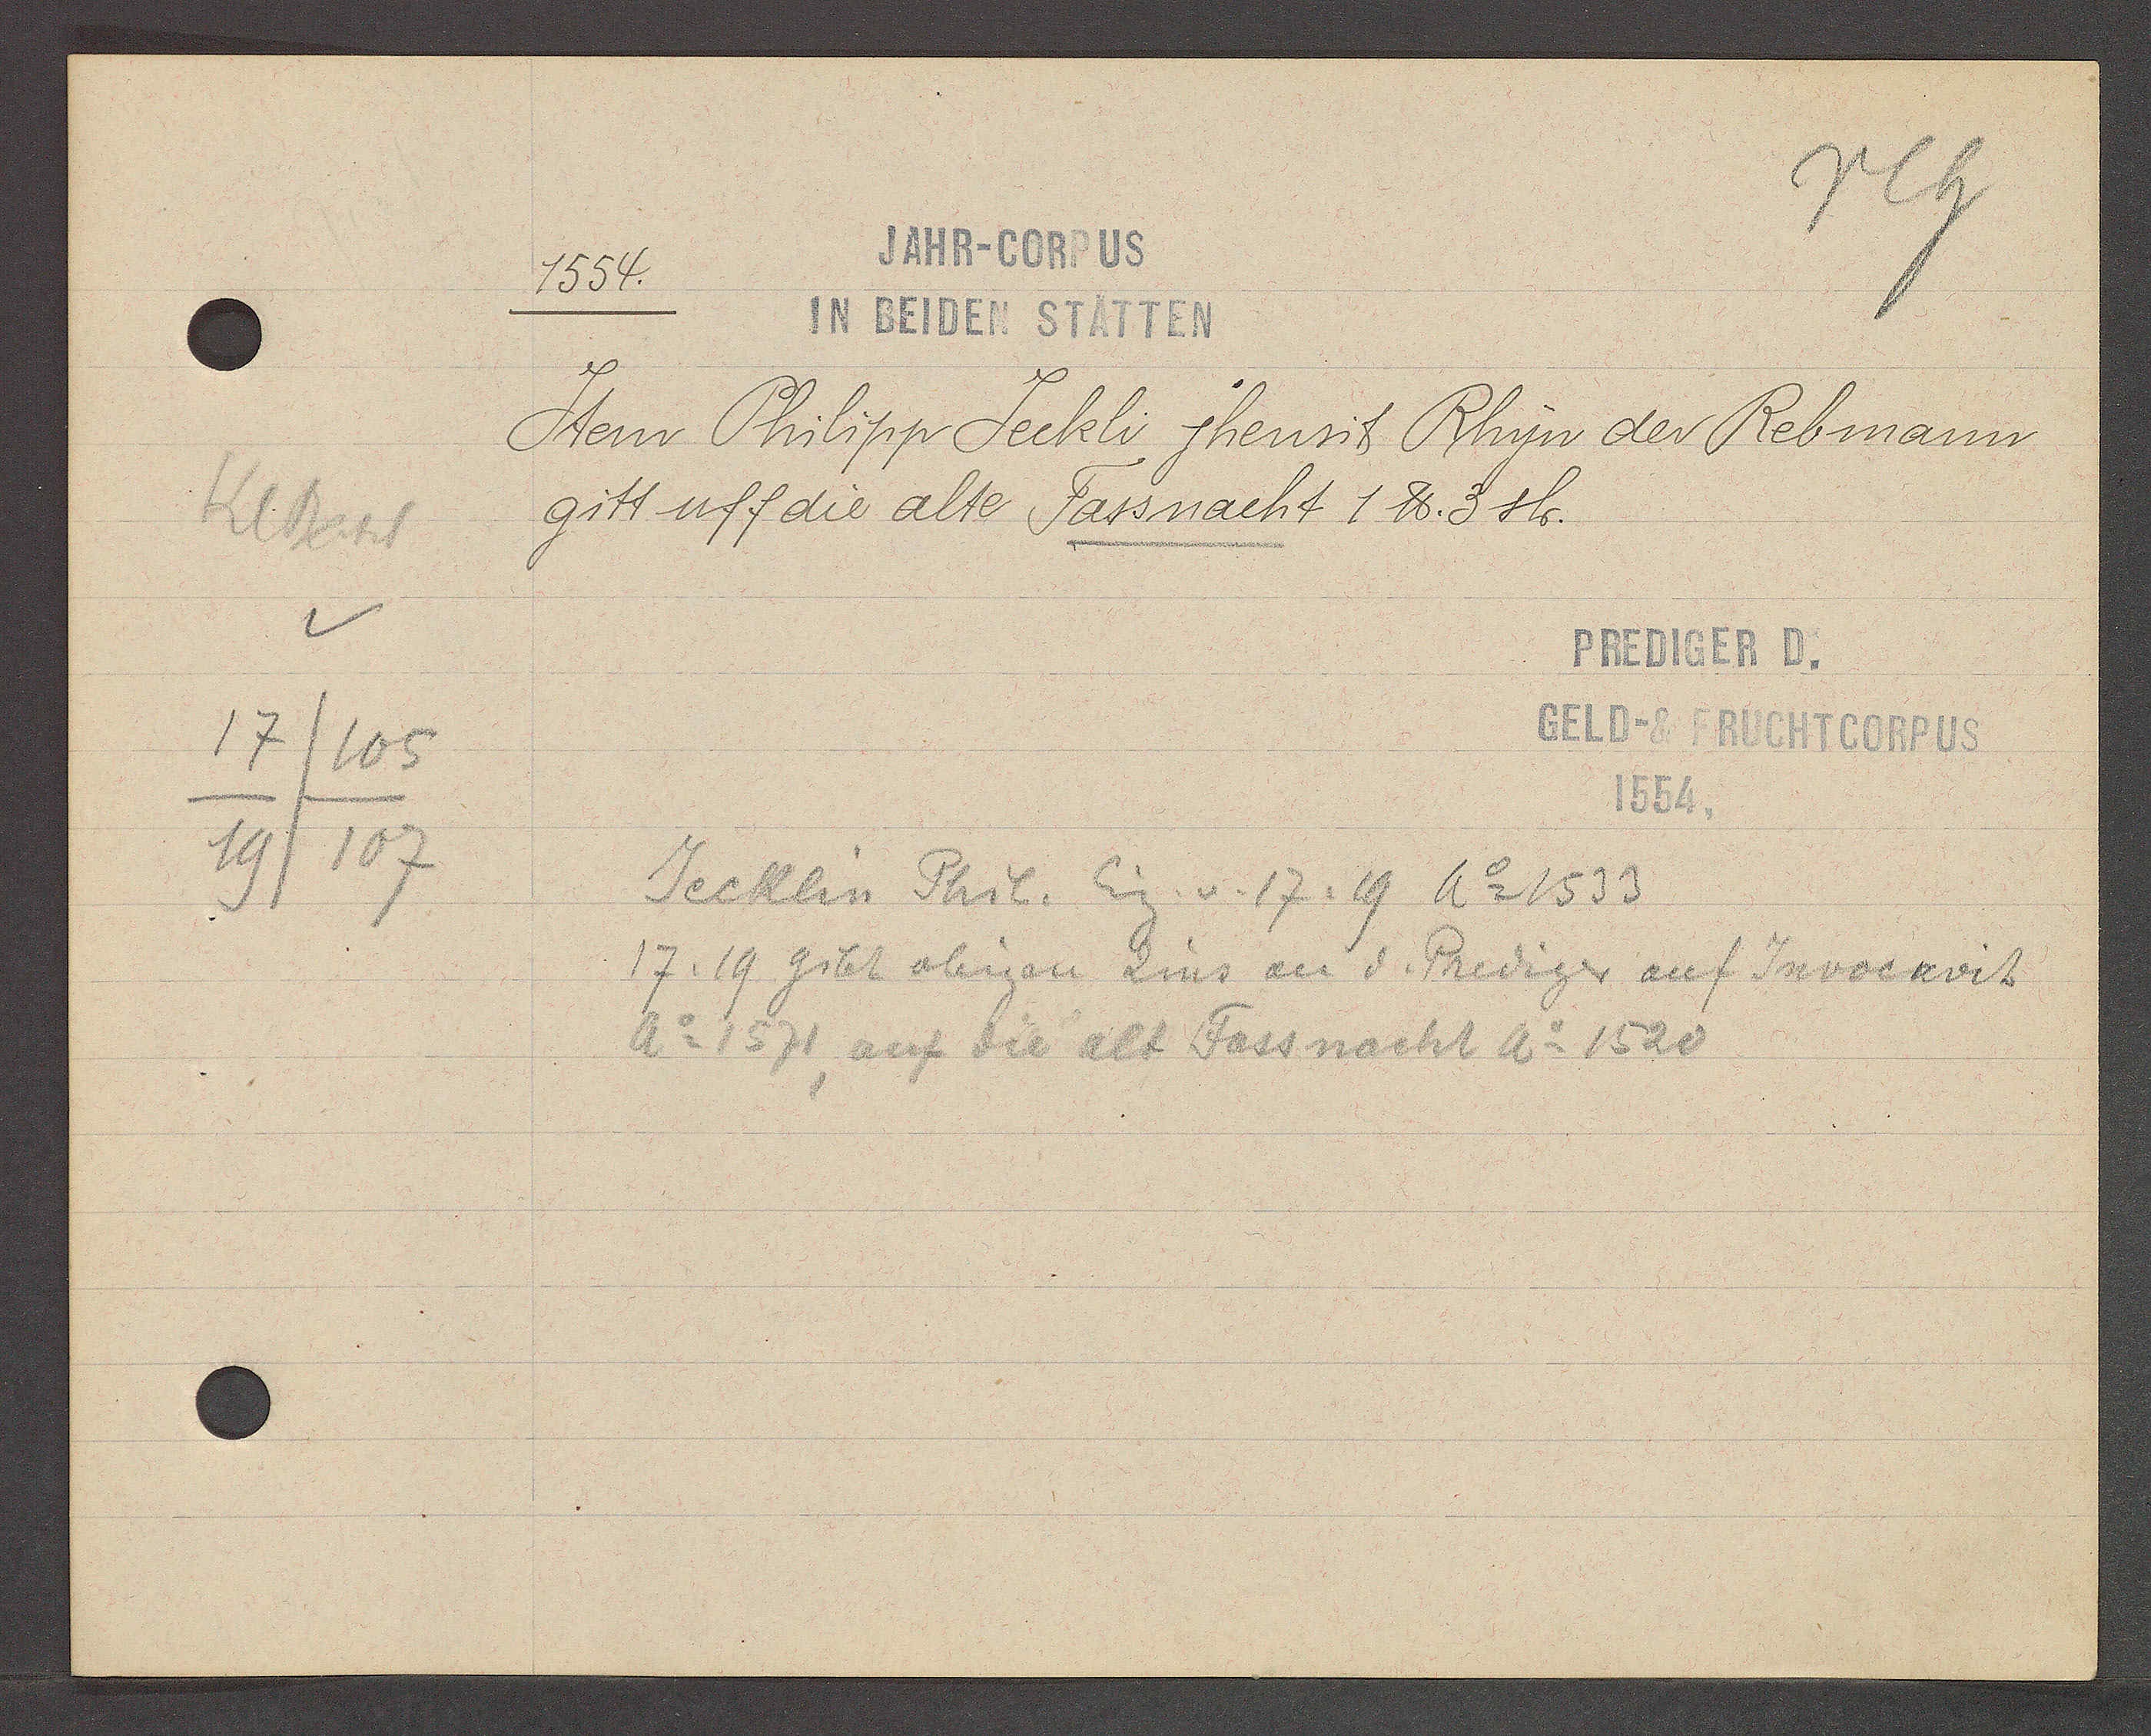
Transcript:
Kl Basel
17
/105
19/107

1554.
JAHR-CORPUS
IN BEIDEN STÄTTEN

Item Philipp Jeckli, jhenrit Rhyn der Rebmann
gitt uff die alte Fassnacht 1 ℔. 3 sh.

PREDIGER D.
GELD- & FRUCHTCORPUS
1554.

Jecklin Phil. Eig. v. 17, 19 Ao 1533
17,19 gibt obigen Zins an d. Prediger auf Invocavit
Ao 1571, auf die alt Fassnacht Ao 1520